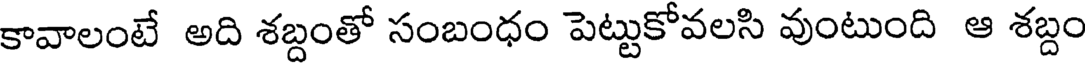
కావాలంటే అది శబ్దంతో సంబంధం పెట్టుకోవలసి వుంటుంది ఆ శబ్దం